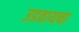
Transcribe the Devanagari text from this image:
उडवायचा